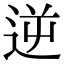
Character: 逆